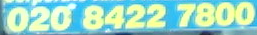
020 8422 7800